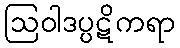
ဩဝါဒပ္ပဋိကရာ